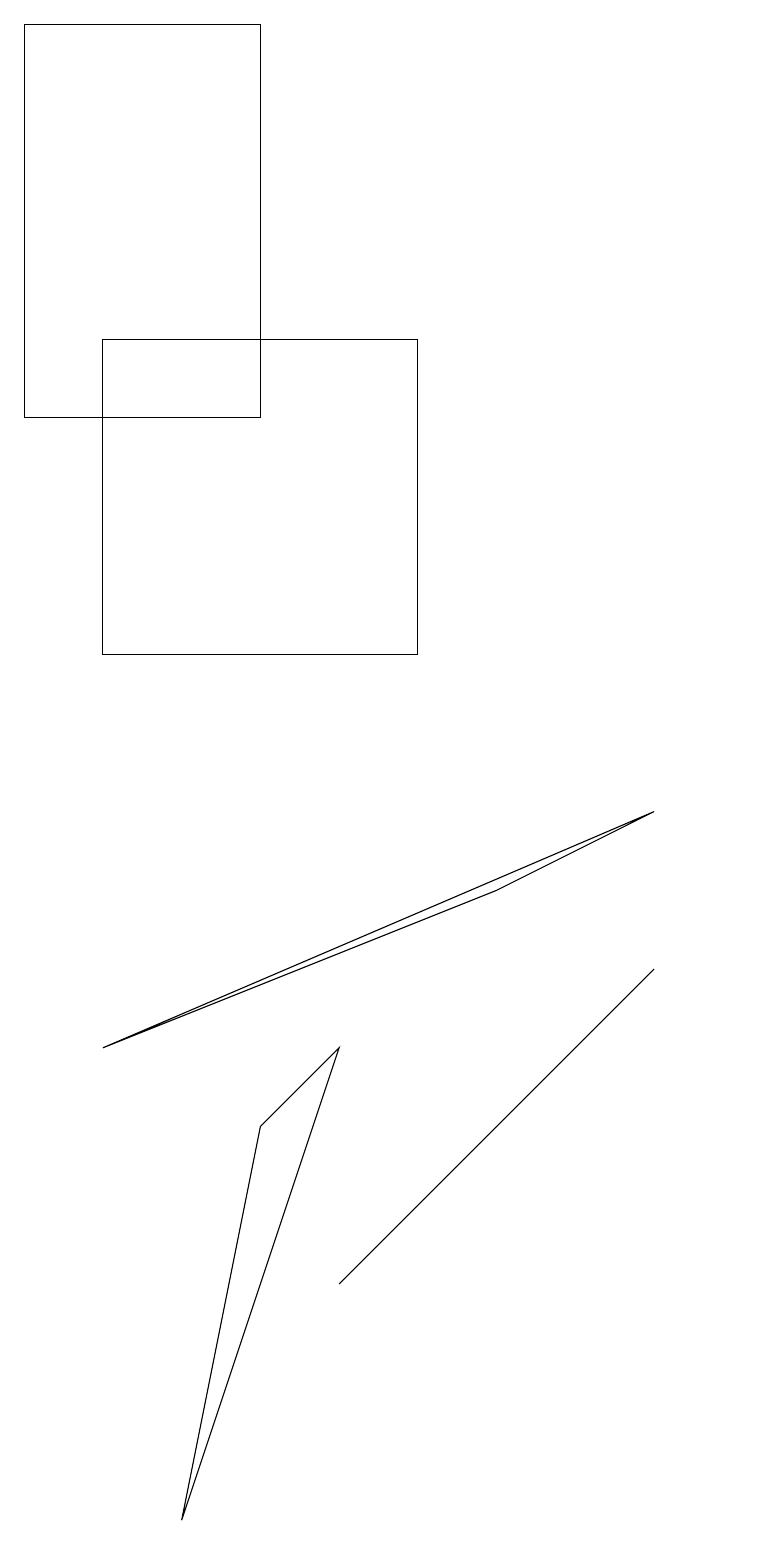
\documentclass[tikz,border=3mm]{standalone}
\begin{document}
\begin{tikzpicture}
\draw (7,5) -- (5,3) -- (9,7) -- cycle;
\draw (5,6) -- (4,5) -- (3,0) -- cycle;
\draw (2,15) rectangle (6,11);
\draw (9,9) -- (7,8) -- (2,6) -- cycle;
\draw (10,10) circle (0);
\draw (1,14) rectangle (4,19);
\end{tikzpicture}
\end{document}